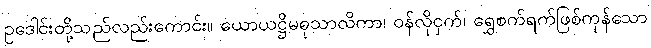
ဥဒေါင်းတို့သည်လည်းကောင်း။ ယောယဋ္ဌိမဓုသာလိကာ၊ ဝန်လိုငှက်၊ ရွှေစက်ရက်ဖြစ်ကုန်သော